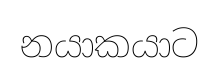
නයාකයාට